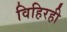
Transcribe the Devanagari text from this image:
विहिरही